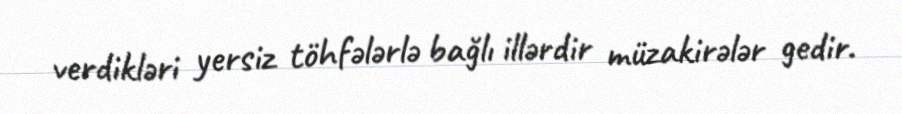
verdikləri yersiz töhfələrlə bağlı illərdir müzakirələr gedir.